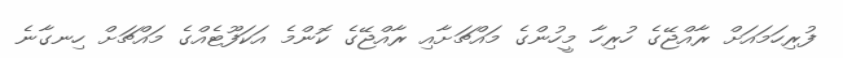
ފުރިހަމައަށް ރާއްޖޭގެ ހުރިހާ މީހުންގެ މައްޗަށާއި ރާއްޖޭގެ ކޮންމެ އަކަފޫޓެއްގެ މައްޗަށް ހިނގާނެ